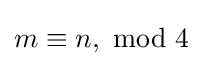
m\equiv n,{\text{ mod }}4